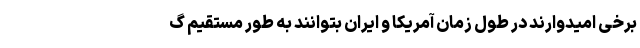
برخی امیدوارند در طول زمان آمریکا و ایران بتوانند به طور مستقیم گ